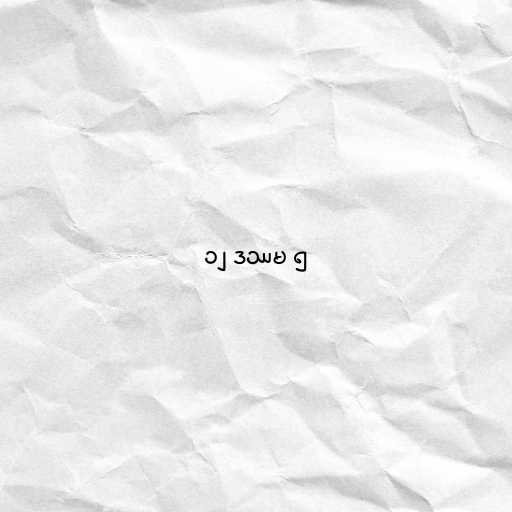
၁၂ ဒဿမ ၅